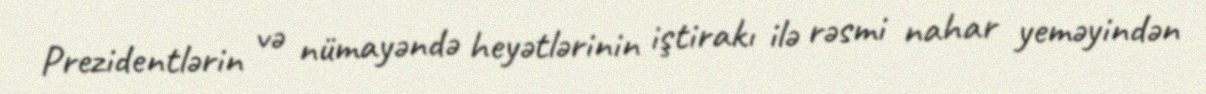
Prezidentlərin və nümayəndə heyətlərinin iştirakı ilə rəsmi nahar yeməyindən